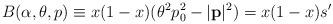
LaTeX: \begin{align*}B(\alpha ,\theta ,p)\equiv x(1-x)(\theta ^{2}p^{2}_{0}-|\mathbf{p}|^{2})=x(1-x)s'\end{align*}